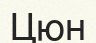
Цюн